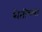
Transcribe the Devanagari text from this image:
शेतीच्‍या